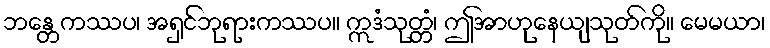
ဘန္တေကဿပ၊ အရှင်ဘုရားကဿပ။ ဣဒံသုတ္တံ၊ ဤအာဟုနေယျသုတ်ကို။ မေမယာ၊